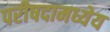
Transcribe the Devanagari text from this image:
परीषदामध्येय